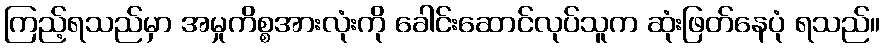
ကြည့်ရသည်မှာ အမှုကိစ္စအားလုံးကို ခေါင်းဆောင်လုပ်သူက ဆုံးဖြတ်နေပုံ ရသည်။